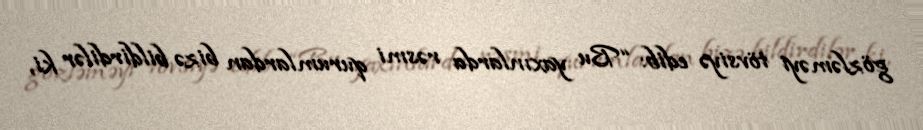
gözləməyi tövsiyə edib: “Bu yaxınlarda rəsmi qurumlardan bizə bildirdilər ki,